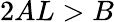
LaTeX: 2AL>B